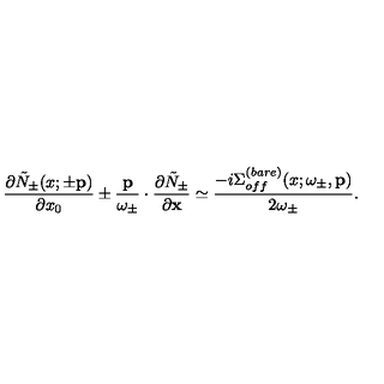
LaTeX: \frac { \partial \tilde { N } _ { \pm } ( x ; \pm { \bf p } ) } { \partial x _ { 0 } } \pm \frac { { \bf p } } { \omega _ { \pm } } \cdot \frac { \partial \tilde { N } _ { \pm } } { \partial { \bf x } } \simeq \frac { - i \Sigma _ { o f f } ^ { ( b a r e ) } ( x ; \omega _ { \pm } , { \bf p } ) } { 2 \omega _ { \pm } } .